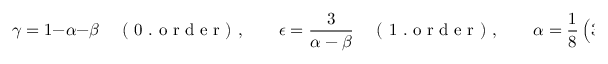
\gamma = 1 - \alpha - \beta \quad \mathrm { ~ ( ~ 0 ~ . ~ o ~ r ~ d ~ e ~ r ~ ) ~ } , \qquad \epsilon = \frac { 3 } { \alpha - \beta } \quad \mathrm { ~ ( ~ 1 ~ . ~ o ~ r ~ d ~ e ~ r ~ ) ~ } , \qquad \alpha = \frac { 1 } { 8 } \left( 3 + 6 \beta \pm \sqrt { 9 + 8 4 \beta + 4 \beta ^ { 2 } } \right) \quad \mathrm { ~ ( ~ 2 ~ . ~ o ~ r ~ d ~ e ~ r ~ ) ~ } .